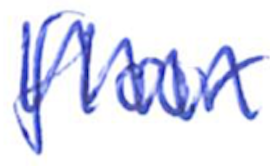
Text: floor
Cross-out: zig-zag
Writing tool: ballpoint